Annual report of the Civil Veterinary Department, Bengal, and of the Bengal Veterinary College for the year 1905-1906 - 1905-1906
Year: 1905
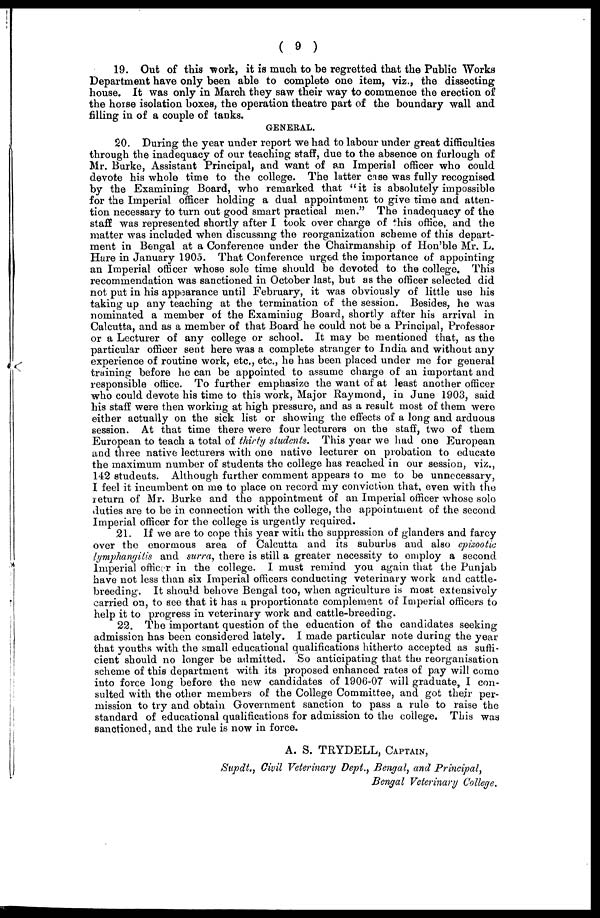
(9)
19. Out of this work, it is much to be regretted that the Public Works
Department have only been able to complete one item, viz., the dissecting
house. It was only in March they saw their way to commence the erection of
the horse isolation boxes, the operation theatre part of the boundary wall and
filling in of a couple of tanks.
GENERAL.
20. During the year under report we had to labour under great difficulties
through the inadequacy of our teaching staff, due to the absence on furlough of
Mr. Burke, Assistant Principal, and want of an Imperial officer who could
devote his whole time to the college. The latter case was fully recognised
by the Examining Board, who remarked that "it is absolutely impossible
for the Imperial officer holding a dual appointment to give time and atten-
tion necessary to turn out good smart practical men." The inadequacy of the
staff was represented shortly after I took over charge of this office, and the
matter was included when discussing the reorganization scheme of this depart-
ment in Bengal at a Conference under the Chairmanship of Hon'ble Mr. L.
Hare in January 1905. That Conference urged the importance of appointing
an Imperial officer whose sole time should be devoted to the college. This
recommendation was sanctioned in October last, but as the officer selected did
not put in his appearance until February, it was obviously of little use his
taking up any teaching at the termination of the session. Besides, he was
nominated a member of the Examining Board, shortly after his arrival in
Calcutta, and as a member of that Board he could not be a Principal, Professor
or a Lecturer of any college or school. It may be mentioned that, as the
particular officer sent here was a complete stranger to India and without any
experience of routine work, etc., etc., he has been placed under me for general
training before he can be appointed to assume charge of an important and
responsible office. To further emphasize the want of at least another officer
who could devote his time to this work, Major Raymond, in June 1903, said
his staff were then working at high pressure, and as a result most of them were
either actually on the sick list or showing the effects of a long and arduous
session. At that time there were four lecturers on the staff, two of them
European to teach a total of thirty students. This year we had one European
and three native lecturers with one native lecturer on probation to educate
the maximum number of students the college has reached in our session, viz.,
142 students. Although further comment appears to me to be unnecessary,
I feel it incumbent on me to place on record my conviction that, even with the
return of Mr. Burke and the appointment of an Imperial officer whose solo
duties are to be in connection with the college, the appointment of the second
Imperial officer for the college is urgently required.
21. If we are to cope this year with the suppression of glanders and farcy
over the enormous area of Calcutta and its suburbs and also epizootic
lymphangitis and surra, there is still a greater necessity to employ a second
Imperial officer in the college. I must remind you again that the Punjab
have not less than six Imperial officers conducting veterinary work and cattle-
breeding. It should behove Bengal too, when agriculture is most extensively
carried on, to see that it has a proportionate complement of Imperial officers to
help it to progress in veterinary work and cattle-breeding.
22. The important question of the education of the candidates seeking
admission has been considered lately. I made particular note during the year
that youths with the small educational qualifications hitherto accepted as suffi-
cient should no longer be admitted. So anticipating that the reorganisation
scheme of this department with its proposed enhanced rates of pay will come
into force long before the new candidates of 1906-07 will graduate, I con-
sulted with the other members of the College Committee, and got their per-
mission to try and obtain Government sanction to pass a rule to raise the
standard of educational qualifications for admission to the college. This was
sanctioned, and the rule is now in force.
A. S. TRYDELL, CAPTAIN,
Supdt., Civil Veterinary Dept., Bengal, and Principal,
Bengal Veterinary College.